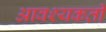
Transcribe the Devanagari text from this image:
आवश्यकती